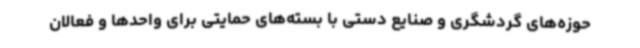
حوزه‌های گردشگری و صنایع دستی با بسته‌های حمایتی برای واحدها و فعالان